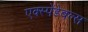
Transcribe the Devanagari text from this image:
एक्स्पेंडेबल्स